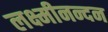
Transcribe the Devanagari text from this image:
लक्ष्मीनन्दन